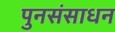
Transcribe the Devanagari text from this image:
पुनसंसाधन